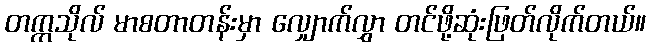
တက္ကသိုလ် မာစတာတန်းမှာ လျှောက်လွှာ တင်ဖို့ဆုံးဖြတ်လိုက်တယ်။